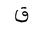
Letter: _qaf